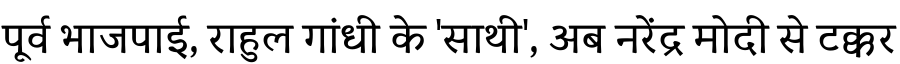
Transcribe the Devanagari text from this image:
पूर्व भाजपाई, राहुल गांधी के 'साथी', अब नरेंद्र मोदी से टक्कर